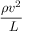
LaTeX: \frac { \rho v ^ { 2 } } { \ L }